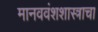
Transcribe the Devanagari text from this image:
मानववंशशास्त्राचा